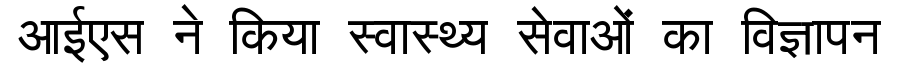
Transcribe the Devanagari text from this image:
आईएस ने किया स्वास्थ्य सेवाओं का विज्ञापन